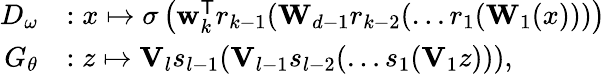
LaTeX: \begin{array}{rl}{D_{\omega}}&{:x\mapsto\sigma\left(\mathbf{w}_{k}^{\mathsf{T}}r_{k-1}(\mathbf{W}_{d-1}r_{k-2}(\dots r_{1}(\mathbf{W}_{1}(x)))\right)\, }\\ {G_{\theta}}&{:z\mapsto\mathbf{V}_{l}s_{l-1}(\mathbf{V}_{l-1}s_{l-2}(\dots s_{1}(\mathbf{V}_{1}z))),}\end{array}